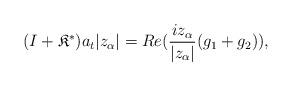
LaTeX: \begin{align*}(I+\mathfrak{K}^{\ast})a_t|z_{\alpha}|=Re(\frac{iz_{\alpha}}{|z_{\alpha}|}(g_1+g_2)),\end{align*}